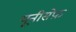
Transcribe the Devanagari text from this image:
यूनीसेफ़